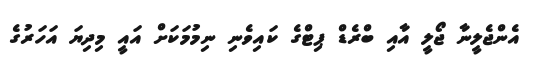
އެންޖެލީނާ ޖޯލީ އާއި ބްރެޑް ޕިޓްގެ ކައިވެނި ނިމުމަކަށް އައީ މިދިޔަ އަހަރުގެ